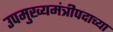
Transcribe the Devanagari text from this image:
उपमुख्यमंत्रीपदाच्या